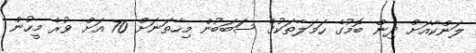
ލަންކާއަށް ދިން ބޮމުގެ ހަމަލާތަކުގެ ސަަބަބުން މިހާތަނަށް 70 އަށް ވުރެ މީހުން